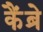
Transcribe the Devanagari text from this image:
कैंब्रे